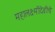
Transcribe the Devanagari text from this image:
महालक्ष्मीदेवीचे